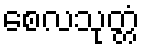
စေလသုတ္တံ